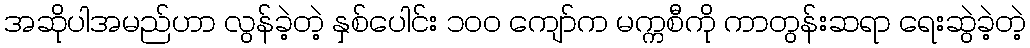
အဆိုပါအမည်ဟာ လွန်ခဲ့တဲ့ နှစ်ပေါင်း ၁၀၀ ကျော်က မက္ကစီကို ကာတွန်းဆရာ ရေးဆွဲခဲ့တဲ့